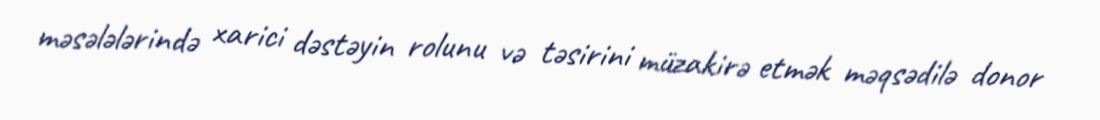
məsələlərində xarici dəstəyin rolunu və təsirini müzakirə etmək məqsədilə donor